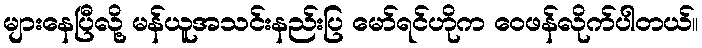
များနေပြီလို့ မန်ယူအသင်းနည်းပြ မော်ရင်ဟိုက ဝေဖန်လိုက်ပါတယ်။